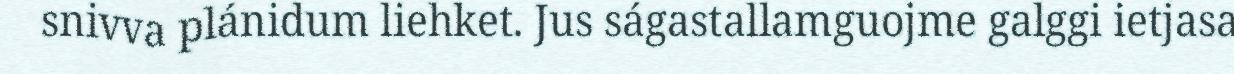
snivva plánidum liehket. Jus ságastallamguojme galggi ietjasa